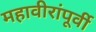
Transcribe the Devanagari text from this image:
महावीरांंपूर्वी